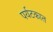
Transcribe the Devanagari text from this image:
पर्यटकात